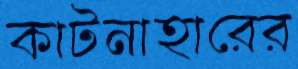
কাটনাহারের